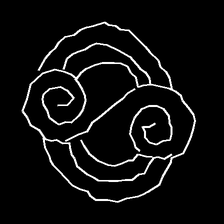
Glyph: wind-underfoot